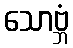
သောဗ္ဘံ